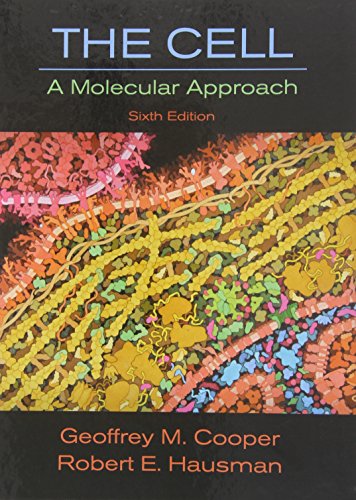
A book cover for The Cell: A Molecular Approach, Sixth Edition; Geoffrey M. Cooper; Medical Books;